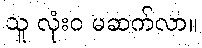
သူ လုံးဝ မဆက်လာ။